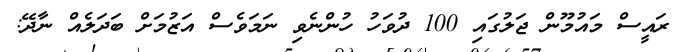
ރައީސް މައުމޫން ޖަލުގައި 100 ދުވަހު ހުންނެވި ނަމަވެސް އަޒުމަށް ބަދަލެއް ނާދޭ: